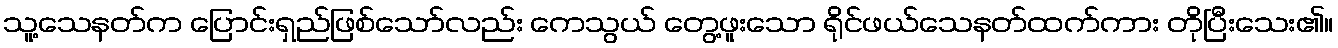
သူ့သေနတ်က ပြောင်းရှည်ဖြစ်သော်လည်း ကေသွယ် တွေ့ဖူးသော ရိုင်ဖယ်သေနတ်ထက်ကား တိုပြီးသေး၏။